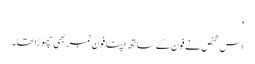
'
اس شخص نے فون کے ساتھ اپنا فون نمبر بھی چھوڑاتھا۔